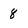
Character: 8